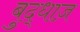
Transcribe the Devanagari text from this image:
बुद्धाज़